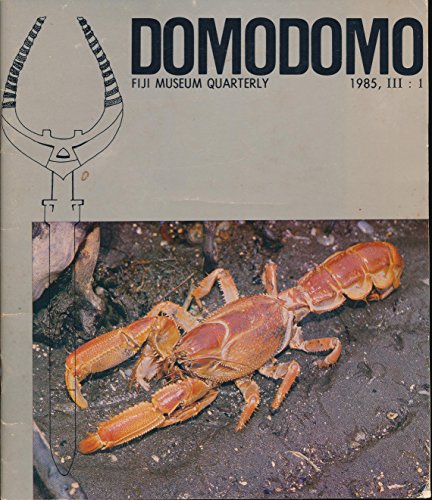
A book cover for Domodomo: Fiji Museum Quarterly, 1985, III: 1; Travel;